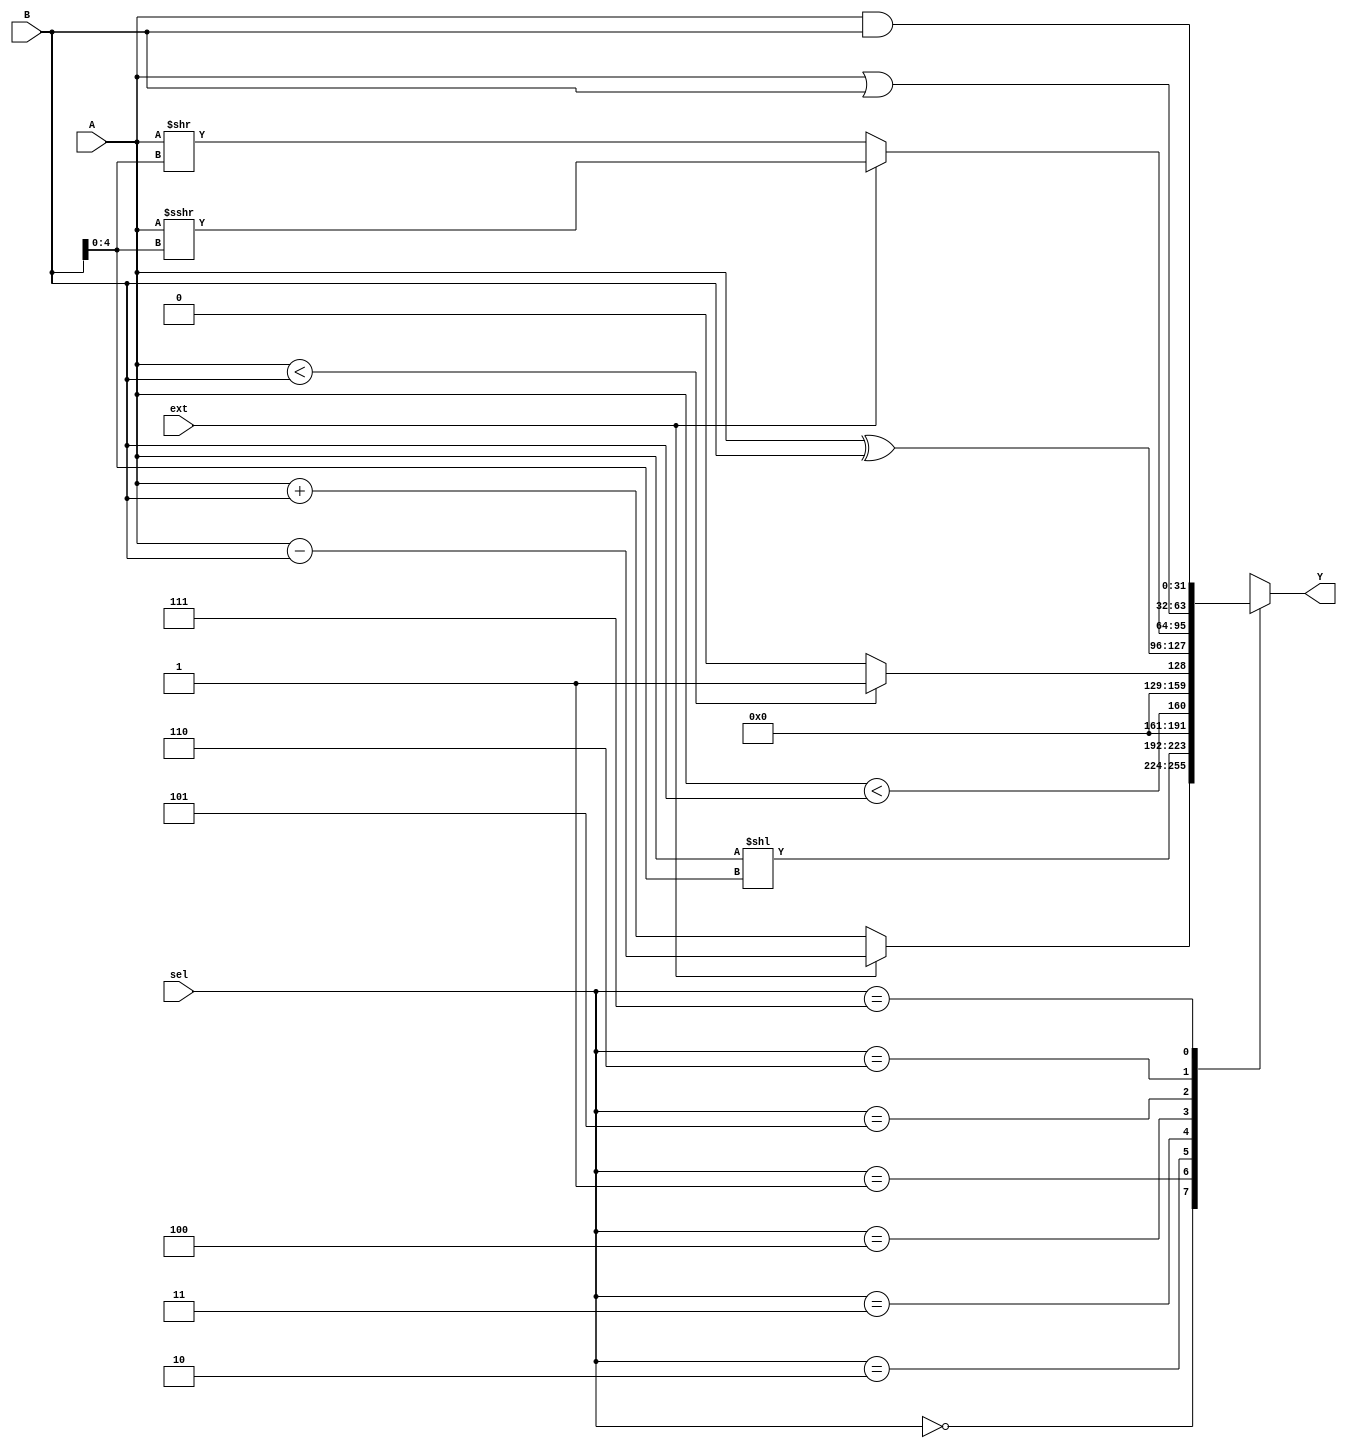
`timescale 1ns / 1ps

module alu(A, B, sel, ext, Y);
    input [31:0]A, B;
    input [2:0]sel;
    input ext;
    output [31:0]Y;
    
    reg [31:0] Y;

    reg signed [31:0]signed_a;
    reg signed [31:0]signed_b;
    reg signed [31:0]signed_y;
    
    reg [4:0]b_5;
    reg signed [4:0]signed_b_5; 
    
    always @(A or B or sel or ext)
    begin
        signed_a = $signed({1'b0, A});
        signed_b = $signed({1'b0, B});
        b_5 = B[4:0];
        signed_b_5 = signed_b[4:0];
        signed_y = signed_a >>> signed_b_5;

        case(sel)
            0: Y <= (ext == 0) ? (A + B) : (A - B);      // ADD SUB
            1: Y <= A << b_5;                              // SLL
            2: Y <= (signed_a < signed_b);               // SLT
            3: Y <= (A < B) ? 1 : 0;                     // SLTU
            4: Y <= A ^ B;                               // XOR
            5: Y <= (ext == 0) ? (A >> b_5) : signed_y;   // SRL SRA
            6: Y <= A | B;                               // OR
            7: Y <= A & B;                               // AND
            default: Y <= 32'hxxxxxxxx;
        endcase
    end
endmodule